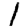
Digit: 1